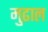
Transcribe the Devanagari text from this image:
मुढाल